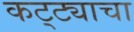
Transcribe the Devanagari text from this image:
कट्ट्याचा